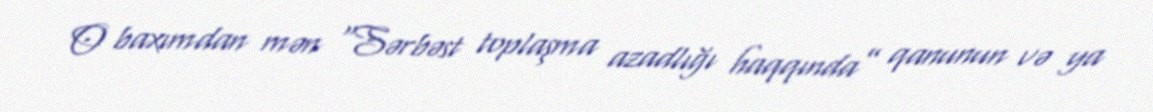
O baxımdan mən “Sərbəst toplaşma azadlığı haqqında” qanunun və ya